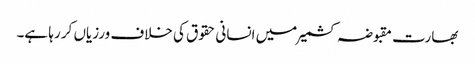
بھارت مقبوضہ کشمیر میں انسانی حقوق کی خلاف ورزیاں کر رہا ہے۔